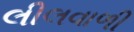
લીલવાળી